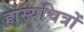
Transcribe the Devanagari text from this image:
हास्यचित्रों